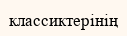
классиктерінің